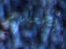
يجعلهم